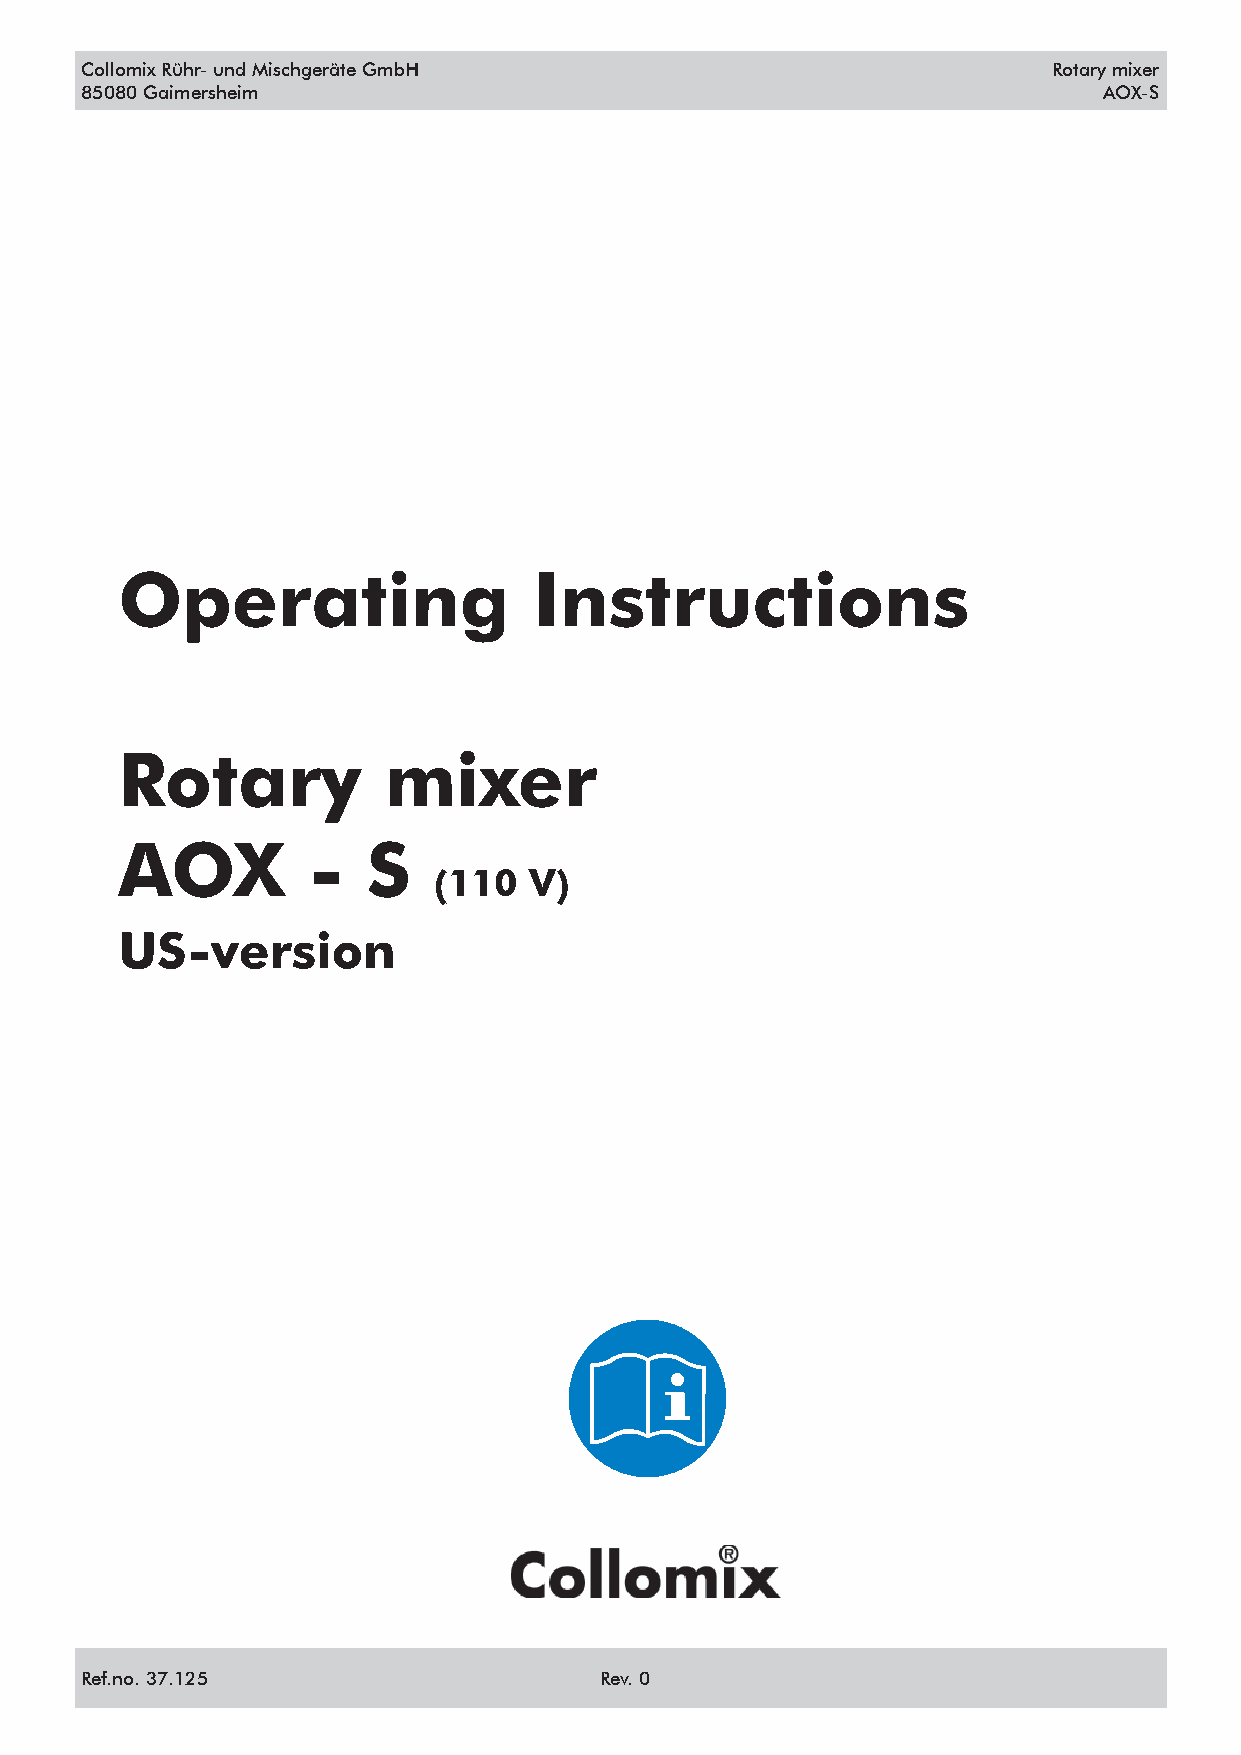
Collomix Rühr- und Mischgeräte GmbH                              Rotary mixer
 85080 Gaimersheim                                                   AOX-S
 Operating                  Instructions
 Rotary           mixer
 AOX         -   S
 (110  V)
 US-version
 Ref.no. 37.125                     Rev. 0